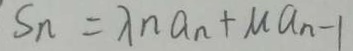
S _ { n } = \lambda n a _ { n } + \mu a _ { n } - 1